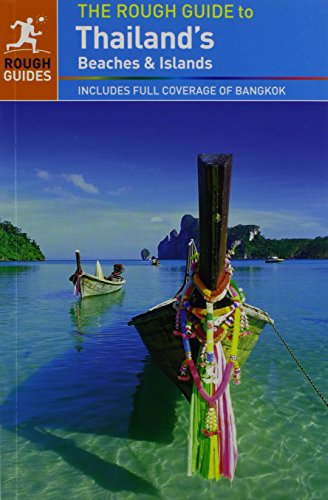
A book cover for The Rough Guide to Thailand's Beaches & Islands; Paul Gray; Travel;